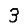
Digit: 3